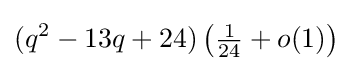
(q^{2}-13q+24)\left({\tfrac {1}{24}}+o(1)\right)